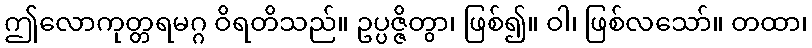
ဤလောကုတ္တရမဂ္ဂ ဝိရတိသည်။ ဥပ္ပဇ္ဇိတွာ၊ ဖြစ်၍။ ဝါ၊ ဖြစ်လသော်။ တထာ၊